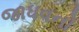
જાધવનો